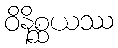
ဝိနိစ္ဆယဿ